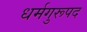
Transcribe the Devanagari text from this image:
धर्मगुरूपद